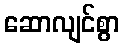
ဆောလျင်စွာ